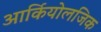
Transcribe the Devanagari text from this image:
आर्कियोलजिक